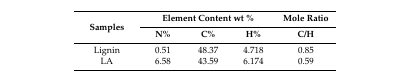
| <ROWSPAN=2> Samples | <COLSPAN=3> Element Content wt % | Mole Ratio |
 | N% | C% | H% | C/H |
 | --- | --- | --- | --- | --- |
 | Lignin | 0.51 | 48.37 | 4.718 | 0.85 |
 | LA | 6.58 | 43.59 | 6.174 | 0.59 |